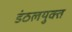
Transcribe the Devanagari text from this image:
डंठलयुक्त